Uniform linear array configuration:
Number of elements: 4
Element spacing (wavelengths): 0.5
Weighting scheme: binomial
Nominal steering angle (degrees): -60
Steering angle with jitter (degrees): -61.147
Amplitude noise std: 0.05
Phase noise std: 0.05

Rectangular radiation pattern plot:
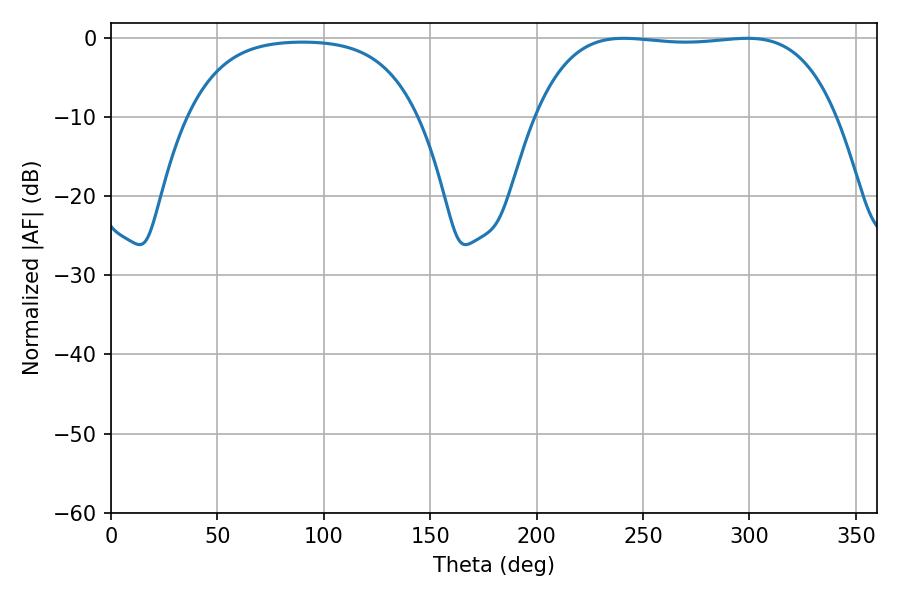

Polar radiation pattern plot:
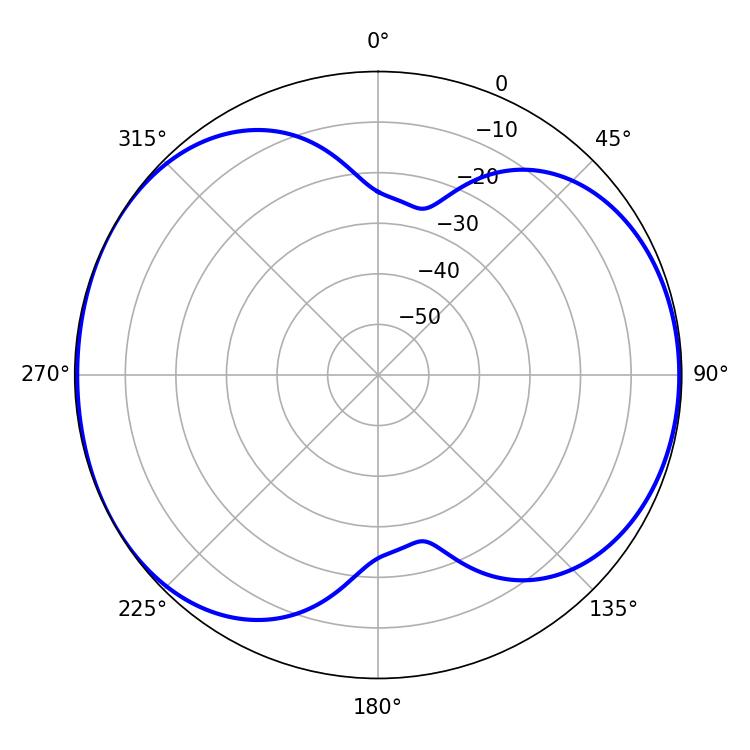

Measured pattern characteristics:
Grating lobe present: FALSE
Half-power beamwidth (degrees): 111.24
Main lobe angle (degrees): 241.02